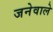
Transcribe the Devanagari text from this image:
जनेवाले